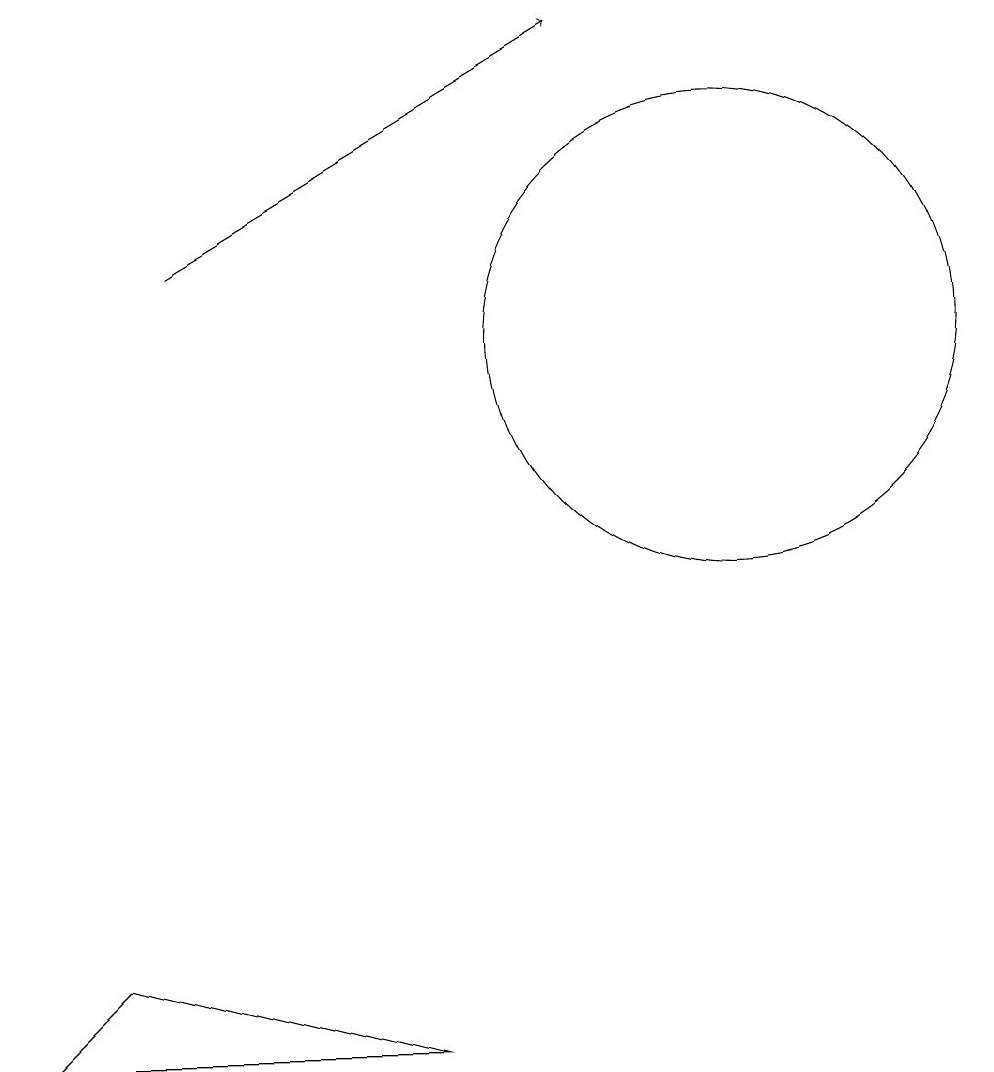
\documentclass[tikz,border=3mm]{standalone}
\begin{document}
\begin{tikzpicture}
\draw (7,2) -- (2,2) -- (3,3) -- cycle;
\draw[->] (4,12) -- (9,15);
\draw (11,11) circle (3);
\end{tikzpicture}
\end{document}